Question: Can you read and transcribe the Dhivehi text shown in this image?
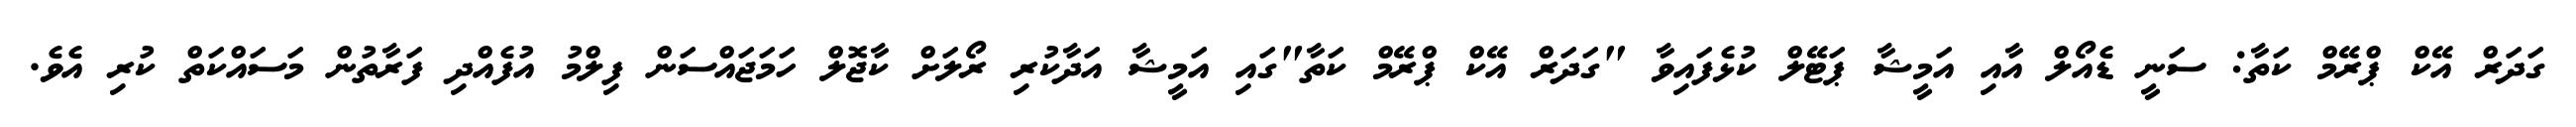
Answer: ގަދަރް އޭކް ޕްރޭމް ކަތާ: ސަނީ ޑެއޯލް އާއި އަމީޝާ ޕަޓޭލް ކުޅެފައިވާ "ގަދަރް އޭކް ޕްރޭމް ކަތާ"ގައި އަމީޝާ އަދާކުރި ރޯލަށް ކާޖޮލް ހަމަޖައްސަން ފިލްމު އުފެއްދި ފަރާތުން މަސައްކަތް ކުރި އެވެ.